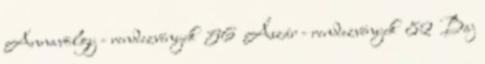
Annavölgy - rendezvények 56 Ászár - rendezvények 82 Baj